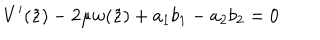
LaTeX: V ^ { \prime } ( \tilde { z } ) - 2 \mu w ( \tilde { z } ) + a _ { 1 } b _ { 1 } - a _ { 2 } b _ { 2 } = 0